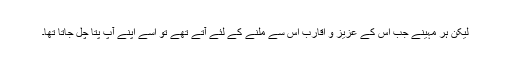
لیکن ہر مہینے جب اس کے عزیز و اقارب اس سے ملنے کے لئے آتے تھے تو اسے اپنے آپ پتا چل جاتا تھا۔